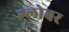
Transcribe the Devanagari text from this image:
ग्लोबर